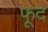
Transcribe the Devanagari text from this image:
फूद